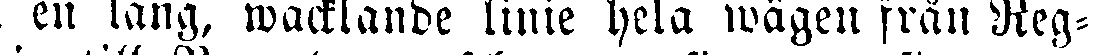
i en lång, wacklande linie hela wägen från Reg-